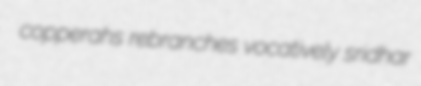
copperahs rebranches vocatively sridhar